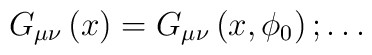
G_{\mu\nu}\left( x \right)=G_{\mu\nu}\left( x,\phi_{0} \right) ;\ldots